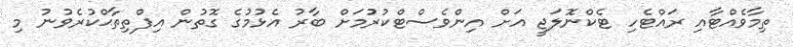
ތިމާވެއްޓާއި ރައްޓެހި ޓެކްނޮލަޖީ އަށް އިންވެސްޓްކުރުމަށް ބާރު އެޅުމުގެ ގޮތުން އިފްތިތާޙްކުރެވުނު މި